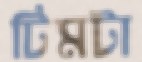
টিমটা